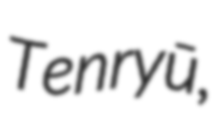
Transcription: Tenryū,